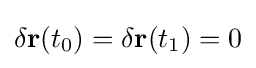
\delta \mathbf {r} (t_{0})=\delta \mathbf {r} (t_{1})=0